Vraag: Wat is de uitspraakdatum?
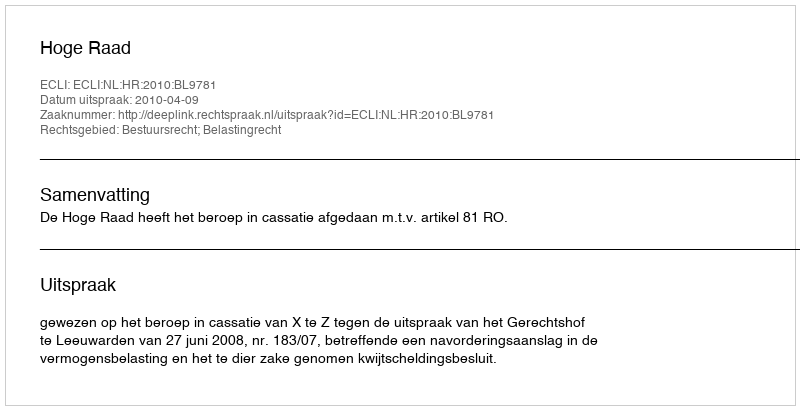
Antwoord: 2010-04-09